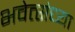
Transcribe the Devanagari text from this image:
भवेत्संध्या